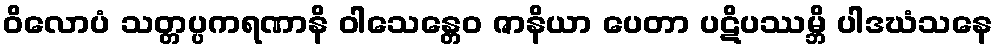
ဝိလောပံ သတ္တပ္ပကရဏာနိ ဝါသေန္တေဝ ဇာနိယာ ပေတာ ပဋိပဿမ္ဘိ ပါဒဃံသနေ